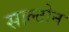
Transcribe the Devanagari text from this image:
साल्टोन